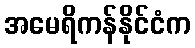
အမေရိကန်နိုင်ငံက